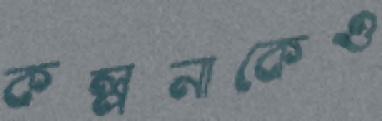
কল্পনাকেও